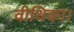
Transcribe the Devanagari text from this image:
वीथिका।